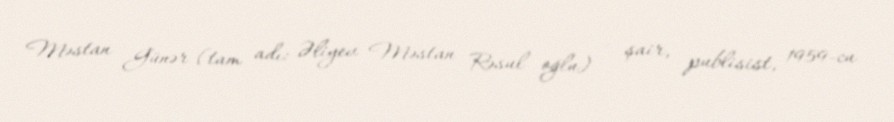
Məstan Günər (tam adı: Əliyev Məstan Rəsul oğlu) — şair, publisist, 1959-cu